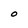
Character: O